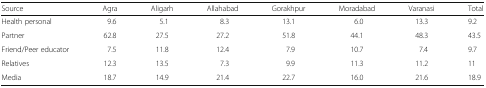
| Source | Agra | Aligarh | Allahabad | Gorakhpur | Moradabad | Varanasi | Total |
 | --- | --- | --- | --- | --- | --- | --- | --- |
 | Health personal | 9.6 | 5.1 | 8.3 | 13.1 | 6.0 | 13.3 | 9.2 |
 | Partner | 62.8 | 27.5 | 27.2 | 51.8 | 44.1 | 48.3 | 43.5 |
 | Friend/Peer educator | 7.5 | 11.8 | 12.4 | 7.9 | 10.7 | 7.4 | 9.7 |
 | Relatives | 12.3 | 13.5 | 7.3 | 9.9 | 11.3 | 11.2 | 11 |
 | Media | 18.7 | 14.9 | 21.4 | 22.7 | 16.0 | 21.6 | 18.9 |